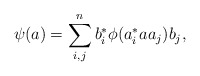
\begin{align*}\psi(a) = \sum_{i,j}^n b_i^\ast \phi(a_i^\ast a a_j) b_j,\end{align*}